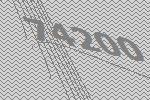
74200